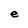
Character: e